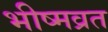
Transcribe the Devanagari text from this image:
भीष्मव्रत